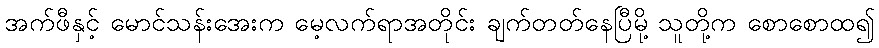
အက်ဖီနှင့် မောင်သန်းအေးက မေ့လက်ရာအတိုင်း ချက်တတ်နေပြီမို့ သူတို့က စောစောထ၍